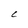
Character: C